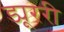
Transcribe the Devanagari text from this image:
ड्यूररी